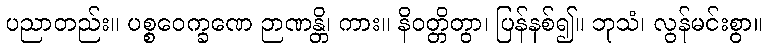
ပညာတည်း။ ပစ္စဝေက္ခဏေ ဉာဏန္တိ၊ ကား။ နိဝတ္တိတွာ၊ ပြန်နစ်၍။ ဘုသံ၊ လွန်မင်းစွာ။